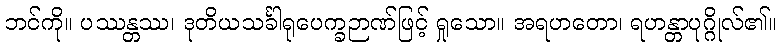
ဘင်ကို။ ပဿန္တဿ၊ ဒုတိယသင်္ခါရုပေက္ခဉာဏ်ဖြင့် ရှုသော။ အရဟတော၊ ရဟန္တာပုဂ္ဂိုလ်၏။